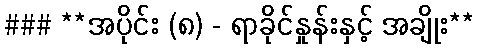
### **အပိုင်း (၈) - ရာခိုင်နှုန်းနှင့် အချိုး**